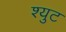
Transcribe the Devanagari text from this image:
श्युट